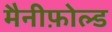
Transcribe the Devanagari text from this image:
मैनीफ़ोल्ड